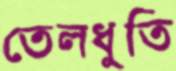
তেলধুতি